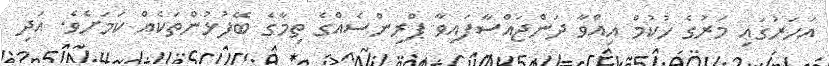
އަހަރުގައި މަރުގެ ހުކުމް އިއްވާ ދަންޖައްސާފައިވާ ޕްރިންސެއްގެ ތިމާގެ ބޭފުޅުންތަކެއް ކަމަށެވެ. އަދި